King Institute of Preventive Medicine Micro-Biological Section reports 1909-11
Year: 1909
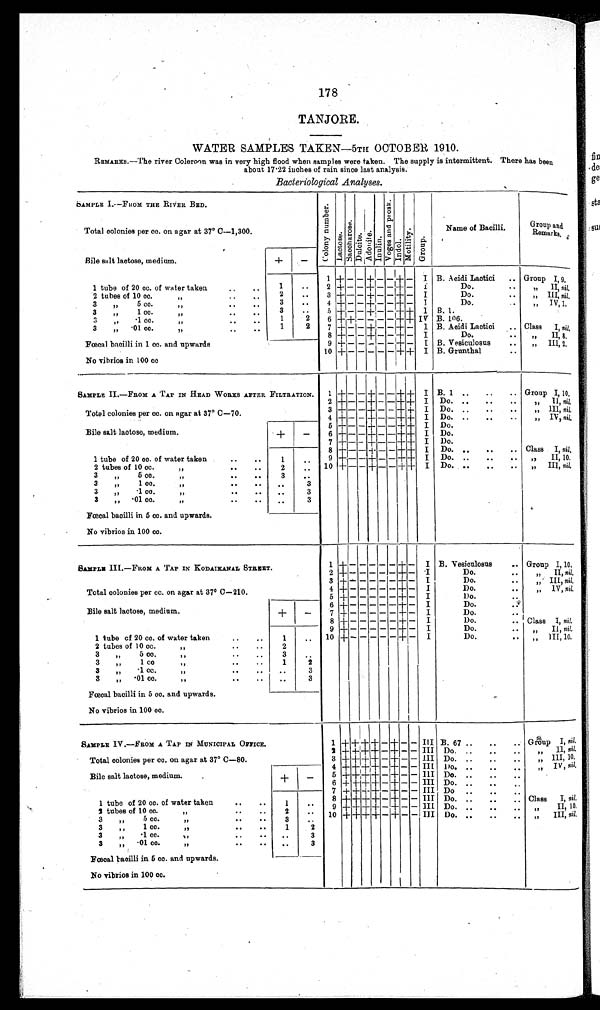
178
TANJORE.
WATER SAMPLES TAKEN—5TH OCTOBER 1910.
REMARKS.—The river Coleroon was in very high flood when samples were taken. The supply is intermittent. There has been
about 17·22 inches of rain since last analysis.
Bacteriological Analyses.
SAMPLE I.— FROM THE RIVER BED.
C o l o n y Nu mb e r .
Lact ose.Sacchar os e. Dul ci t e.Adoni t e.Inulin. V o g e s a n d P r o s k . Indol.Mot i l i t y.Group.
Name of Bacilli.
Group and
Remarks
.
Total colonies per cc. on agar at 37° C
—1,300.
Bile salt lactose, medium.
+
−
1
+
− −
+
− −
+
−
I B. Acidi Lactici
Group I, 9.
1 tube of 20 cc. of water taken
1
2 + − −
+
− −
+
−
I
Do.
,, II, nil,
2 tubes of 10 cc. ,,
2
3
+ − −
+
− −
+
−
I
Do.
,, III, nil,
3 ,, 5 cc. ,,
3
4
+
− −
+
− −
+
−
I
Do.
,, IV, 1,
3 ,, 1 cc. ,,
3
5
+
− −
+
− −
+ +
I B. 1.
3 ,, 1cc. ,,
1
2
6
+ +
− − − −
+ +
IV B. 106.
3 ,, ·01 cc. ,,
1
2
7
+
− −
+
− −
+
−
I B. Acidi Lactici
Class I, nil,
Fœcal bacilli in 1 cc. and upwards
8
+
− −
+
− −
+
−
I
Do.
,, II, 8,
9
+
− − − − −
+
−
I B. Vesiculosus
,, III,2,
No vibrios in 100 cc
10
+
− − − − −
+ +
I B. Grunthal
SAMPLE II—FROM A TAP IN HEAD WORKS AFTER FILTRATION
1
+
− −
+
− −
+ +
I B. 1.
Group I,10,
2
+
− −
+
− −
+ +
I Do.
,, II, nil.
Total colonies per cc. on agar at 37° C
—70.
3
+
− −
+
− −
+ +
I Do.
,, III, nil,
4
+
− −
+
− −
+ +
I Do.
,, IV, nil.
5
+
− −
+
− −
+ +
I Do.
Bile salt lactose, medium.
+
−
6
+
− −
+
− −
+ +
I Do.
7
+
− −
+
− −
+ +
I Do.
8
+
− −
+
− −
+ +
I Do.
Class I, nil,
1 tube of 20 cc. of water taken
1
9
+
− −
+
− −
+ +
I Do.
,, II, 10.
2 tubes of 10 cc. ,,
2
10
+
− −
+
− −
+ +
I Do.
,, III, nil.
3 ,, 5 cc. ,,
3
3 ,, 1 cc. ,,
3
3 ,, ·1 cc. ,,
3
3 ,, ·01 cc. ,,
3
Fœcal bacilli in 5 cc. and upwards.
No vibrios in 100 cc.
SAMPLE III.—FROM A TAP IN KODAIKANAL STREET.
1
+
− − − − −
+
−
I
B. Vesiculosus
Group I ,10,
2
+
− − − − −
+
−
I
Do.
,, II, nil.
3
+
− − − − −
+
−
I
Do.
,, III, nil,
Total colonies per cc. on agar at 37° C
—210.
4
+
− − − − −
+
−
I
Do.
,, IV, nil.
5
+
− − − − −
+
−
I
Do
6
+
− − − − −
+
−
I
Do.
Bile salt lactose, medium.
+
−
7
+
− − − − −
+
−
I
Do.
8
+
− − − − −
+
−
I
Do.
Class I, nil.
9
+
− − − − −
+
−
I
Do.
,, II, nil.
1 tube of 20 cc . of water taken
1
10
+
− − − − −
+
−
I
Do.
,,III, 10.
2 tubes of 10 cc. ,,
2
3 ,, 5 cc. ,,
3
3 ,, 1 cc. ,,
1
2
3 ,, ·1 cc ,,
3
3 ,, ·01 cc. ,,
3
Fœcal bacilli in 5 cc. and upwards.
No vibrios in 100 cc.
SAMPLE IV.—FROM A TAP IN MUNICIPAL OFFICE.
1
+ + + +
−
+
− − III B. 67
Group I, nil.
2
+ + + +
−
+
− − III Do.
,, II, nil.
Total colonies per cc. on agar at 37°C
—80.
3
+ + + +
−
+
− − III Do.
,, III, 10.
4
+ + + +
−
+
− − III Do.
,, IV, nil.
Bile salt lactose, medium.
+
−
5
+ + + +
−
+
− − III Do.
6
+ + + +
−
+
− − III Do.
7
+ + + +
−
+
− − III Do
8
+ + + +
−
+
− −
III
Class I, nil
1 tube of 20 cc. of water taken
1
9
+ + + +
−
+
− −
III Do.
,, II, 10.
2 tubes of 10 cc. ,,
2
10
+ + + +
−
+
− − III Do.
,, III, nil.
3 ,, 5 cc. ,,
3
3 ,, 1 cc. ,,
1
2
3 ,, ·1 cc. ,,
3
3 ,, ·01 cc. ,,
3
Fœcal bacilli in 5 cc. and upwards.
No vibrios in 100 cc.